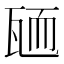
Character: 𦓓